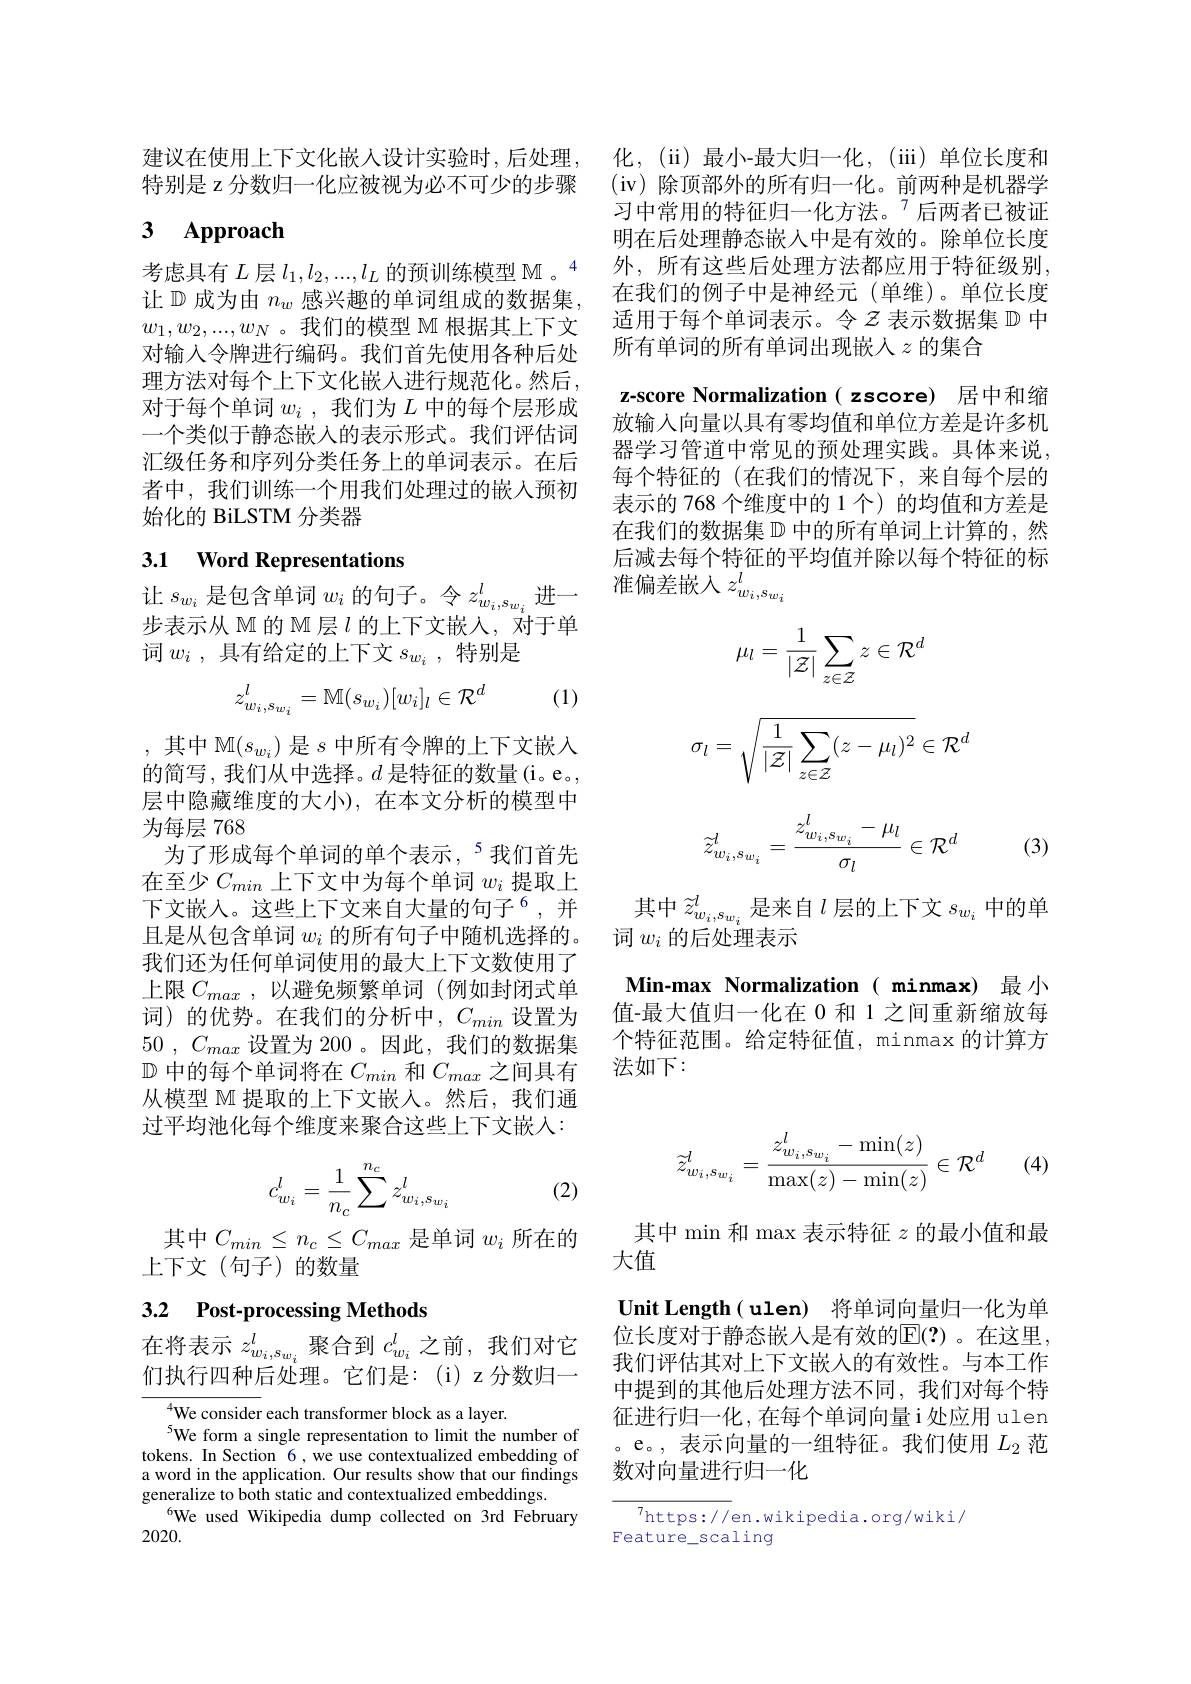
建议在使用上下文化嵌人设计实验时，后处理，化，(ii) 最小-最大归一化，(iii)单位长度和
特别是 z 分数归一化应被视为必不可少的步骤

## 3 $\mathbf{Approach}$

考虑具有$L$层$l_1,l_2,...,l_L\text{ 的预训练模型 M 。}^{4}$ 让$\mathbb{D}$成为由$n_w$感兴趣的单词组成的$w_1,w_2,...,w_N$ 。我们的模型 M 根据其上下文对输入令牌进行编码。我们首先使用各种后处理方法对每个上下文化嵌入进行规范化。然后， 对于每个单词$w_i$ ,我们为$L$中的每个层形成一个类似于静态嵌入的表示形式。我们评估词汇级任务和序列分类任务上的单词表示。在后者中，我们训练一个用我们处理过的嵌入预初始化的 BiLSTM 分类器

步表示从 M 的 M 层$l$的上下文嵌入，对于单
词$w_i$ ,具有给定的上下文$s_w_i\:$,特别是

(1)
$$z_{w_i,s_{w_i}}^l=\mathbb{M}(s_{w_i})[w_i]_l\in\mathcal{R}^d$$
,其中 M$(s_{w_i})$ 是$s$ 中所有令牌的上下文嵌入的简写，我们从中选择。$d$是特征的数量(i。e。, 层中隐藏维度的大小),在本文分析的模型中为每层 768
为了形成每个单词的单个表示，$^{5}$我们首先在至少$C_{min}$上下文中为每个单词$w_i$提取上下文嵌入。这些上下文来自大量的句子$^{6}$, 并且是从包含单词$w_i$的所有句子中随机选择的。我们还为任何单词使用的最大上下文数使用了上限$C_{max}$,以避免频繁单词 (例如封闭式单词)的优势。在我们的分析中，$C_min$设置为50 , $C_{max}$设置为 200 。因此，我们的数据集$\mathbb{D}$中的每个单词将在$C_min$和$C_max$之间具有从模型 M 提取的上下文嵌人。然后，我们通过平均池化每个维度来聚合这些上下文嵌入：
$$c_{w_i}^l=\dfrac{1}{n_c}\sum^{n_c}z_{w_i,s_{w_i}}^l$$
$\begin{array}{cc}{{n_{i}}\sum w_{i},sw_{i}}\\{\text{其中 }C_{min}\leq n_{c}\leq C_{max}\text{ 是单词 }w_{i}\text{ 所在的}}&&\text{其中 min 和 max 表示特征 }z\text{ 的最小值和最}\\{\text{下文(句子)的数量}}&&\text{大值}\end{array}$

(2)

上下文(句子)的数量

## 3.2 Post-processing Methods

在将表示$z_{w_i,s_{w_i}}^l$聚合到$c_{w_i}^l$之前，我们对它们执行四种后处理。它们是：(i) z 分数归一

$^{4}$We consider each transformer block as a layer.
5We form a single representation to limit the number of tokens. In Section 6, we use contextualized embedding of a word in the application. Our results show that our findings generalize to both static and contextualized embeddings
6We used Wikipedia dump collected on 3rd February
2020.

(iv) 除顶部外的所有归一化。前两种是机器学习中常用的特征归一化方法。$^{7}$后两者已被证明在后处理静态嵌入中是有效的。除单位长度外，所有这些后处理方法都应用于特征级别， 在我们的例子中是神经元(单维)。单位长度适用于每个单词表示。令$z$表示数据集$\mathbb{D}$中所有单词的所有单词出现嵌入$z$的集合
z-score Normalization( zscore) 居中和缩放输入向量以具有零均值和单位方差是许多机器学习管道中常见的预处理实践。具体来说， 每个特征的(在我们的情况下，来自每个层的表示的 768 个维度中的 1 个) 的均值和方差是在我们的数据集$\mathbb{D}$中的所有单词上计算的，然
$\begin{aligned}&\textbf{3.1 Word Representations}&&\text{后减去每个特征的平均值并除以每个特征的标}\\&\text{让 }s_{w_i}\text{ 是包含单词 }w_i\text{ 的句子。令 }z_{w_i,s_{w_i}}^l\text{进一}&&\text{准偏差嵌人 }z_{w_i,s_{w_i}}^l\end{aligned}$
$$\mu_l=\frac{1}{|\mathcal{Z}|}\sum_{z\in\mathcal{Z}}z\in\mathcal{R}^d$$
$$\sigma_l=\sqrt{\frac{1}{|\mathcal{Z}|}\sum_{z\in\mathcal{Z}}(z-\mu_l)^2}\in\mathcal{R}^d$$
$$\tilde{z}_{w_i,s_{w_i}}^l=\frac{z_{w_i,s_{w_i}}^l-\mu_l}{\sigma_l}\in\mathcal{R}^d$$
(3)

其中$\widetilde{z}_{w_{i},s_{w_{i}}}^{l}$是来自$l$层的上下文$s_w_{i}$中的单
词$w_i$的后处理表示

Min-max Normalization( minma 值-最大值归一化在 0 和 1 之间重新缩放每个特征范围。给定特征值，minmax 的计算方法如下：
$$\tilde{z}_{w_i,s_{w_i}}^l=\frac{z_{w_i,s_{w_i}}^l-\min(z)}{\max(z)-\min(z)}\in\mathcal{R}^d$$
(4

Unit Length( ulen) 将单词向量归一化为位长度对于静态嵌入是有效的$\mathbb{E}(?)$。在这里， 我们评估其对上下文嵌入的有效性。与本工作中提到的其他后处理方法不同，我们对每个特征进行归一化，在每个单词向量i处应用 ulen 。e。, 表示向量的一组特征。我们使用$L_{2}$范数对向量进行归一化

$^{7}$https://en.wikipedia
Feature\_scaling